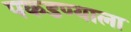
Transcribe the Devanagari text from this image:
पकडण्याला